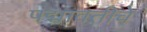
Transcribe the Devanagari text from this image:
पद्मावतीचे